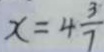
x = 4 \frac { 3 } { 7 }